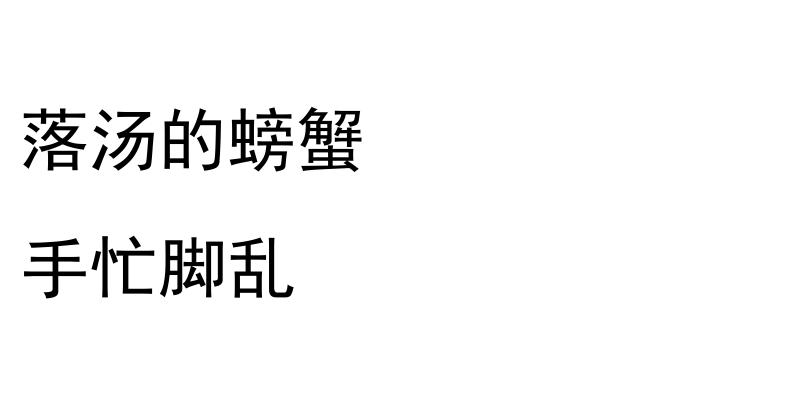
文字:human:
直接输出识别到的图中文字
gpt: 落汤的螃蟹 手忙脚乱